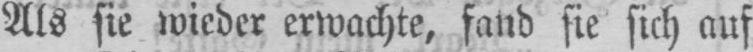
Als sie wieder erwachte, fand sie sich auf